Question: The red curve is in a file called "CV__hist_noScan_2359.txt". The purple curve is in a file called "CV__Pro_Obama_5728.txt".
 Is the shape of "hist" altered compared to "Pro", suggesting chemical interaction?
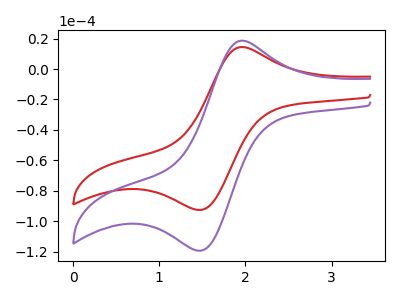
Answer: <think>The red curve "hist" has an anodic peak at (2.00V, 14.45uA) and a cathodic peak at (1.50V, -92.60uA). The purple curve "Pro" has an anodic peak at (2.00V, 18.60uA) and a cathodic peak at (1.50V, -119.35uA).
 All the peaks in "hist" have a peak in "Pro" at the same potential. Every peak in "hist" is lower than every peak in "Pro".</think>
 <answer>No, "hist" and "Pro" don't appear to be significantly different in shape</answer>
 <eval>no_change</eval>